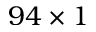
9 4 \times 1